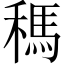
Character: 𥡗